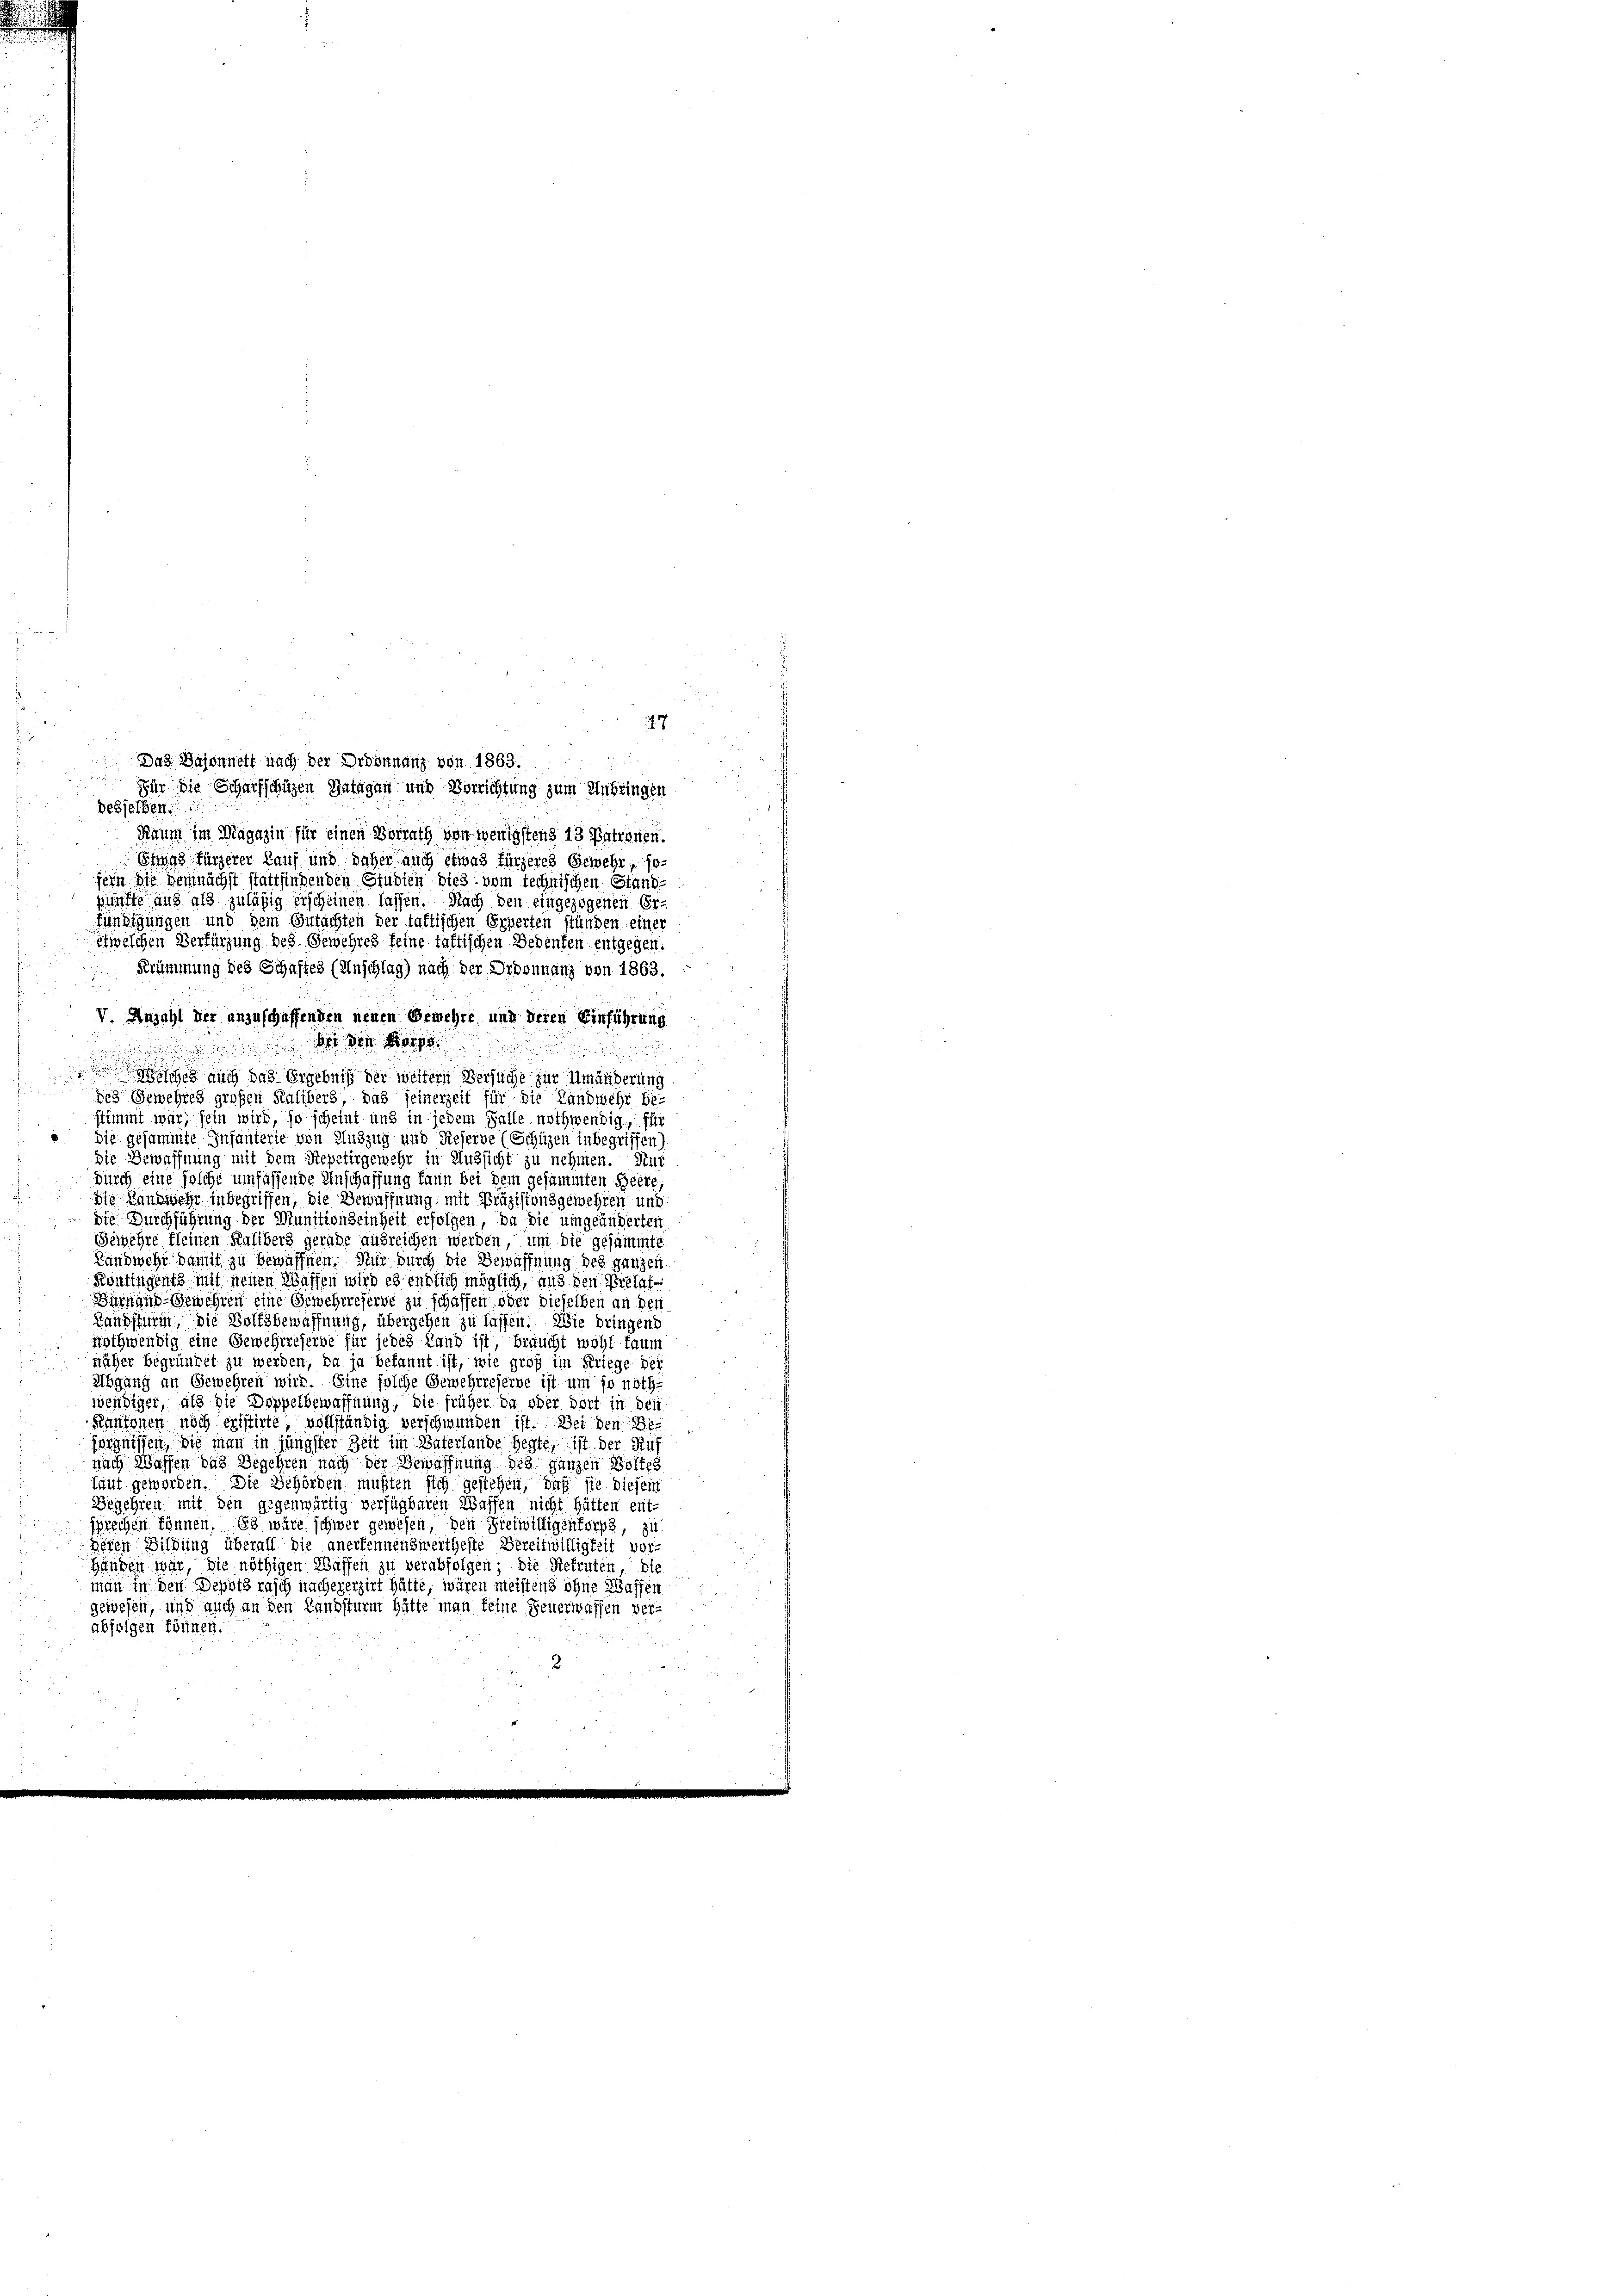
besselben
Raum im Magazin für einen Vorrath von wenigstens 13 Patronen.
Etings fürzerer Kauf und daher auch etwas fürzeres Gewehr, sofein Sie demnächst stattfindenden Studien dies vom technischen Standkünfte aus als zuläßig erscheinen lassen. Nach den eingezogenen Er-
fündigungen und dem Gutachten der taftischen Erperten stünden einer
etwelchen Verfürzung des Gewehres feine taktischen Bedenten entgegen.
Krümmung des Schaftes (Anschlag) nach der Ordonnanz von 1863.
V. Anzahl der anzuschaffenden neuen Bemehre und deren Einführung
  der den Morge

i

ische auch das Ergebniß der weitern Versuche zur Umänderung
des Gewehres großen Kalibers, das seinerzeit für die Landwehr be-
stimmt war, sein wird, so scheint und in jedem Falle nothwendig, für
die gesammte Infanterie von Auszug und Rieserve (Schüzen inbegriffen)
die Bewaffnung mit dem Repetirgemehr in Aussicht zu nehmen. Nur
durch eine solche umfassende Anschaffung kann bei dem gesammten Heere,
Die Landwehr in begriffen, die Bewaffnung mit Präzisionsgewehren und
 Die Durchführung der Munitionseinheit erfolgen, da die umgeänderten
Gewehre fleinen Kalibers gerade ausreichen werden, um die gesammte
Landwehr damit zu bewaffnen. Nur durch die Bewaffnung des ganzen
Kontingents mit neuen Waffen wird es endlich möglich, aus den Prelat¬
Bürnand Gewehren eine Gewehrreferne zu schaffen oder dieselben an den
Landsturin, die Volksbewaffnung, übergehen zu lassen. Wie dringend
nothwendig eine Gewehrreferbe für jedes Land ist, braucht wohl kaum
näher begründet zu werden, da ja bekannt ist, wie groß im Kriege der
Abgang an Gewehren wird. Eine solche Gewehrreferne ist um so nöthi
wendiger, als die Doppelbewaffnung, die früher da oder dort in den
Kantonen noch eristirte vollständig verschwunden ist. Bei den Besignissen, Sie man in jüngster Zeit im Vaterlande hegte, ist der Ruf
nach Wassen das Begehren nach der Bewaffnung des ganzen Boltes
laut geworden. Die Behörden müßten sich gestehen, daß sie diesem
Begehren mit den gegenwärtig verfügbaren Waffen nicht hätten ent-
sprechen können. Es wäre schwer gewesen, den Freiwilligentorps, zu
Deren Bildung überall die anerkennenswertheste Bereitwilligkeit vor-
Händen war, die nöthigen Waffen zu verabfolgen; die Rekruten, die
man in den Depots rasch nachererzirt hätte, wären meistens ohne Waffen
gewesen, und auch an den Landsturm hätte man keine Feuerwaffen ver-
abfolgen können.
2

47
 Das Bajonnett nach der Ordonnung von 1863.
Für die Scharfschien Gatagen und Verrichtung zum Anbringen